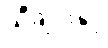
သီချင်းနှင့်